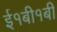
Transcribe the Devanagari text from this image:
ई१बी१बी